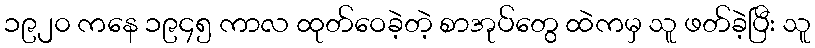
၁၉၂၀ ကနေ ၁၉၄၅ ကာလ ထုတ်ဝေခဲ့တဲ့ စာအုပ်တွေ ထဲကမှ သူ ဖတ်ခဲ့ပြီး သူ